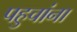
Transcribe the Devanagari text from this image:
पहुचांना